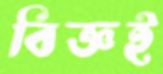
বিজ্ঞই